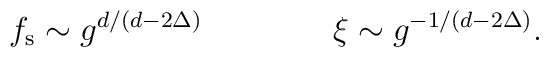
f_{\rm s} \sim  g^{d/(d-2\Delta)} \qquad \qquad\xi    \sim  g^{-1/(d-2\Delta)}.